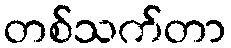
တစ်သက်တာ